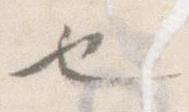
也